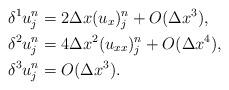
LaTeX: \begin{align*}&\delta^{1}u^{n}_{j}=2 \Delta x (u_x)^n_j+O(\Delta x^3), \\&\delta^{2}u^{n}_{j}=4 \Delta x^2 (u_{xx})^n_j+O(\Delta x^4), \\&\delta^{3}u^{n}_{j}=O(\Delta x^3). \end{align*}